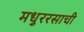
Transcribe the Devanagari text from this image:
मधुररसाची